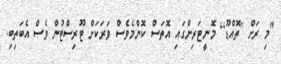
"މި ރަށް [ތޮއްޑޫ] މޮނީޓަރިންގައި އޮތަސް ކޮންމެވެސް ވަރަކަށް ޓޫރިސްޓުން ވެސް އެބަތިބި.